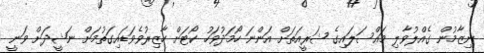
ނިޒާމުން ގެއްލުވާލި މައްސަލައިގެ ޝަރީއަތަށް އަންނަ ހޯމަދުވަހު ކޯޓަށް ހާޒިރުވެވަޑައިގަތުމަށް ނަޝީދަށް ވަނީ